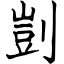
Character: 剴